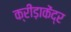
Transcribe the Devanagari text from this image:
क्रीड़ाकेंद्र